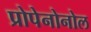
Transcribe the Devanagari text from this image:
प्रोपेनोनोल